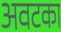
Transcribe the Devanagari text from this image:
अवटका